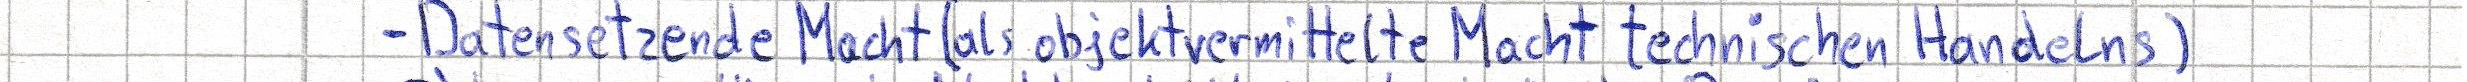
- Datensetzende Macht (als objektvermittelte Macht technischen Handelns)